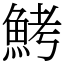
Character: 鮳